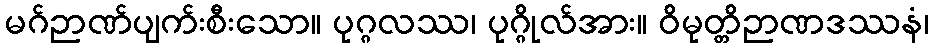
မဂ်ဉာဏ်ပျက်းစီးသော။ ပုဂ္ဂလဿ၊ ပုဂ္ဂိုလ်အား။ ဝိမုတ္တိဉာဏဒဿနံ၊